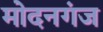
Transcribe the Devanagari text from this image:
मोदनगंज